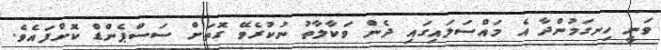
ވަނީ ހިނގަމުންދާ އެ މައްސަލައިގައި ދެން ވަކާލާތު ނުކުރެވޭ ގޮތަށް ސަސްޕެންޑް ކޮށްފައެވެ.